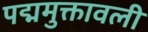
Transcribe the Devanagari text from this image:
पद्ममुक्तावली